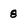
Character: 8